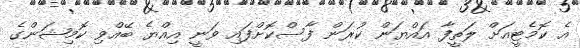
އެ ކޮމެޓީއަށް ލަތީފާ އައްޔަން ކުރަން ފާސްކޮށްފައި ވަނީ އިއްޔެ ބޭއްވި ކޮމިޝަންގެ